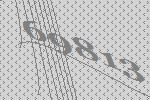
69813